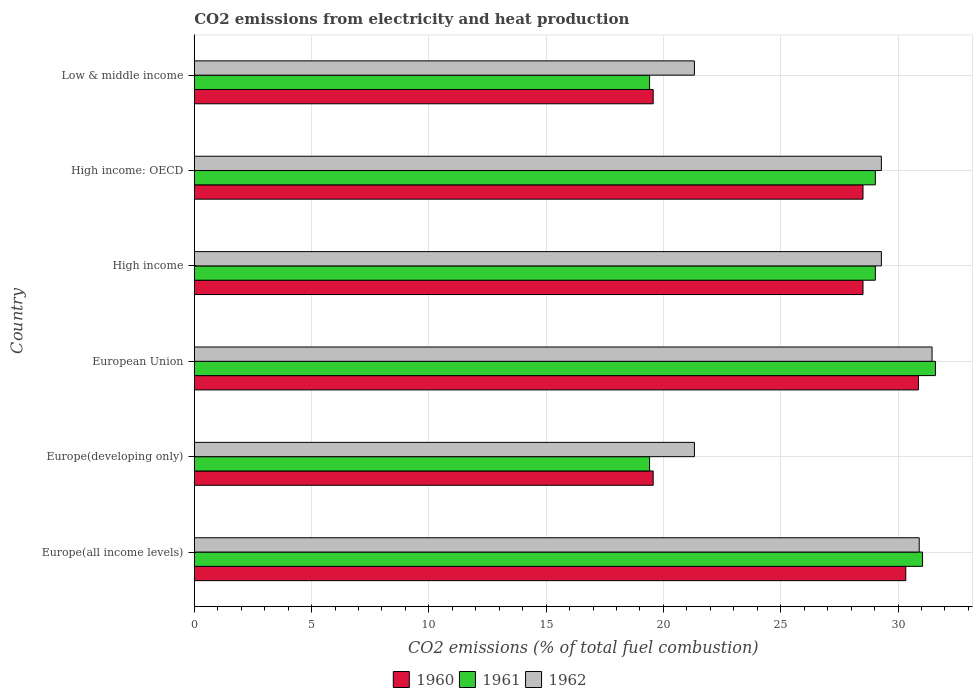
| Country | 1960 | 1961 | 1962 |
 | --- | --- | --- | --- |
 | Europe(all income levels) | 30.3 | 31 | 30.9 |
 | Europe(developing only) | 19.6 | 19.4 | 21.3 |
 | European Union | 30.9 | 31.6 | 31.5 |
 | High income | 28.5 | 29 | 29.3 |
 | High income: OECD | 28.5 | 29 | 29.3 |
 | Low & middle income | 19.6 | 19.4 | 21.3 |